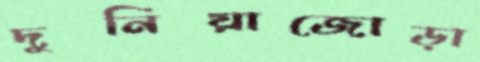
দুনিয়াজোড়া